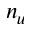
n _ { u }